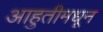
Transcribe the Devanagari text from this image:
आहुतीमधून